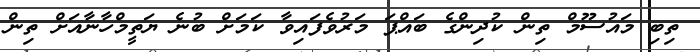
ތިބި މައުސޫމް ތިން ކުދިންގެ ބައްޕަ މަރުވެފައިވާ ކަމަށް ބުނެ ޔަތީމްހާނާއަށް ތިން